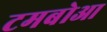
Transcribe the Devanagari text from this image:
टमबोआ